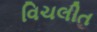
વિચલીત